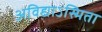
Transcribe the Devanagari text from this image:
अविद्याऽस्मिता